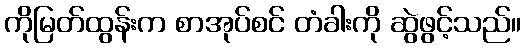
ကိုမြတ်ထွန်းက စာအုပ်စင် တံခါးကို ဆွဲဖွင့်သည်။